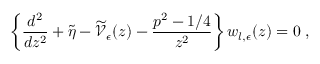
\left\{ \frac { d ^ { 2 } } { d z ^ { 2 } } + \widetilde { \eta } - \widetilde { \mathcal V } _ { \epsilon } ( z ) - \frac { p ^ { 2 } - 1 / 4 } { z ^ { 2 } } \right\} w _ { l , \epsilon } ( z ) = 0 \; ,